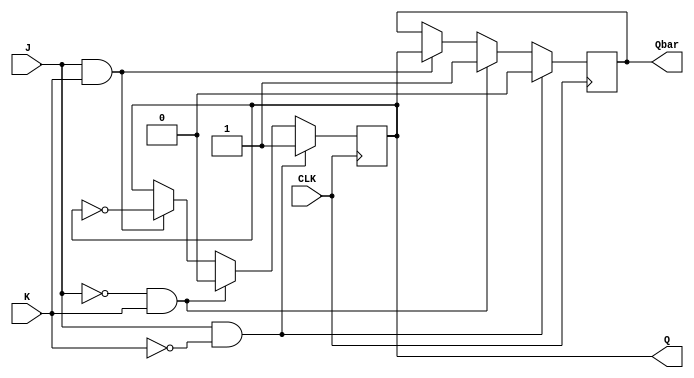
module JKFlipFlop (
    input J,
    input K,
    input CLK,
    output reg Q,
    output reg Qbar
);

always @(posedge CLK) begin
    if (J & ~K) begin
        Q <= 1;
        Qbar <= 0;
    end else if (~J & K) begin
        Q <= 0;
        Qbar <= 1;
    end else if (J & K) begin
        Q <= ~Q;
        Qbar <= Q;
    end
end

endmodule